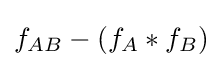
f_{AB}-(f_{A}*f_{B})